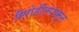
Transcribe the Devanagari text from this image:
सिरोडीलपासून